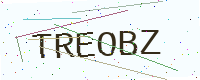
Text: TREOBZ